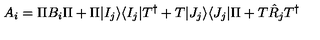
A _ { i } = \Pi B _ { i } \Pi + \Pi | I _ { j } \rangle \langle I _ { j } | T ^ { \dagger } + T | J _ { j } \rangle \langle J _ { j } | \Pi + T \hat { R } _ { j } T ^ { \dagger }